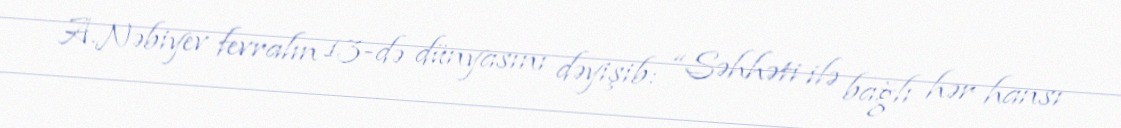
A.Nəbiyev fevralın 13-də dünyasını dəyişib: “Səhhəti ilə bağlı hər hansı